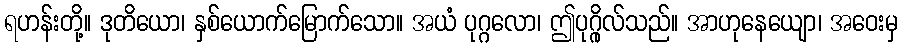
ရဟန်းတို့။ ဒုတိယော၊ နှစ်ယောက်မြောက်သော။ အယံ ပုဂ္ဂလော၊ ဤပုဂ္ဂိုလ်သည်။ အာဟုနေယျော၊ အဝေးမှ